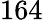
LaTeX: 164